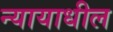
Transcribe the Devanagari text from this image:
न्यायाधील